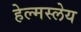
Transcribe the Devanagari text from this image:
हेल्मस्लेय